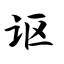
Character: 讴